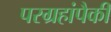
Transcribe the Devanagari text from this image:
परग्रहांपैकी